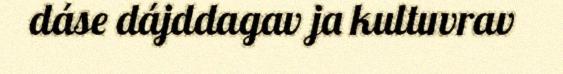
dáse dájddagav ja kultuvrav